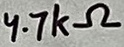
Text: 4.7kΩ